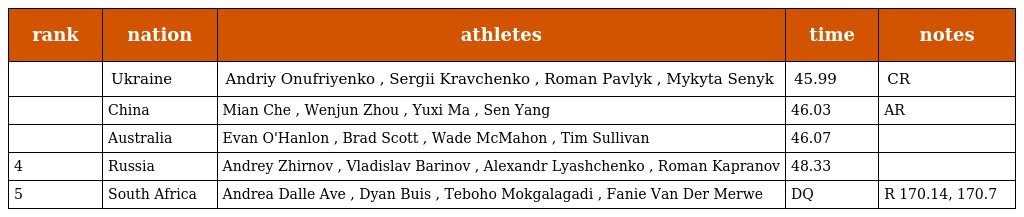
| rank | nation | athletes | time | notes |
 | --- | --- | --- | --- | --- |
 |  | Ukraine | Andriy Onufriyenko , Sergii Kravchenko , Roman Pavlyk , Mykyta Senyk | 45.99 | CR |
 |  | China | Mian Che , Wenjun Zhou , Yuxi Ma , Sen Yang | 46.03 | AR |
 |  | Australia | Evan O'Hanlon , Brad Scott , Wade McMahon , Tim Sullivan | 46.07 |  |
 | 4 | Russia | Andrey Zhirnov , Vladislav Barinov , Alexandr Lyashchenko , Roman Kapranov | 48.33 |  |
 | 5 | South Africa | Andrea Dalle Ave , Dyan Buis , Teboho Mokgalagadi , Fanie Van Der Merwe | DQ | R 170.14, 170.7 |